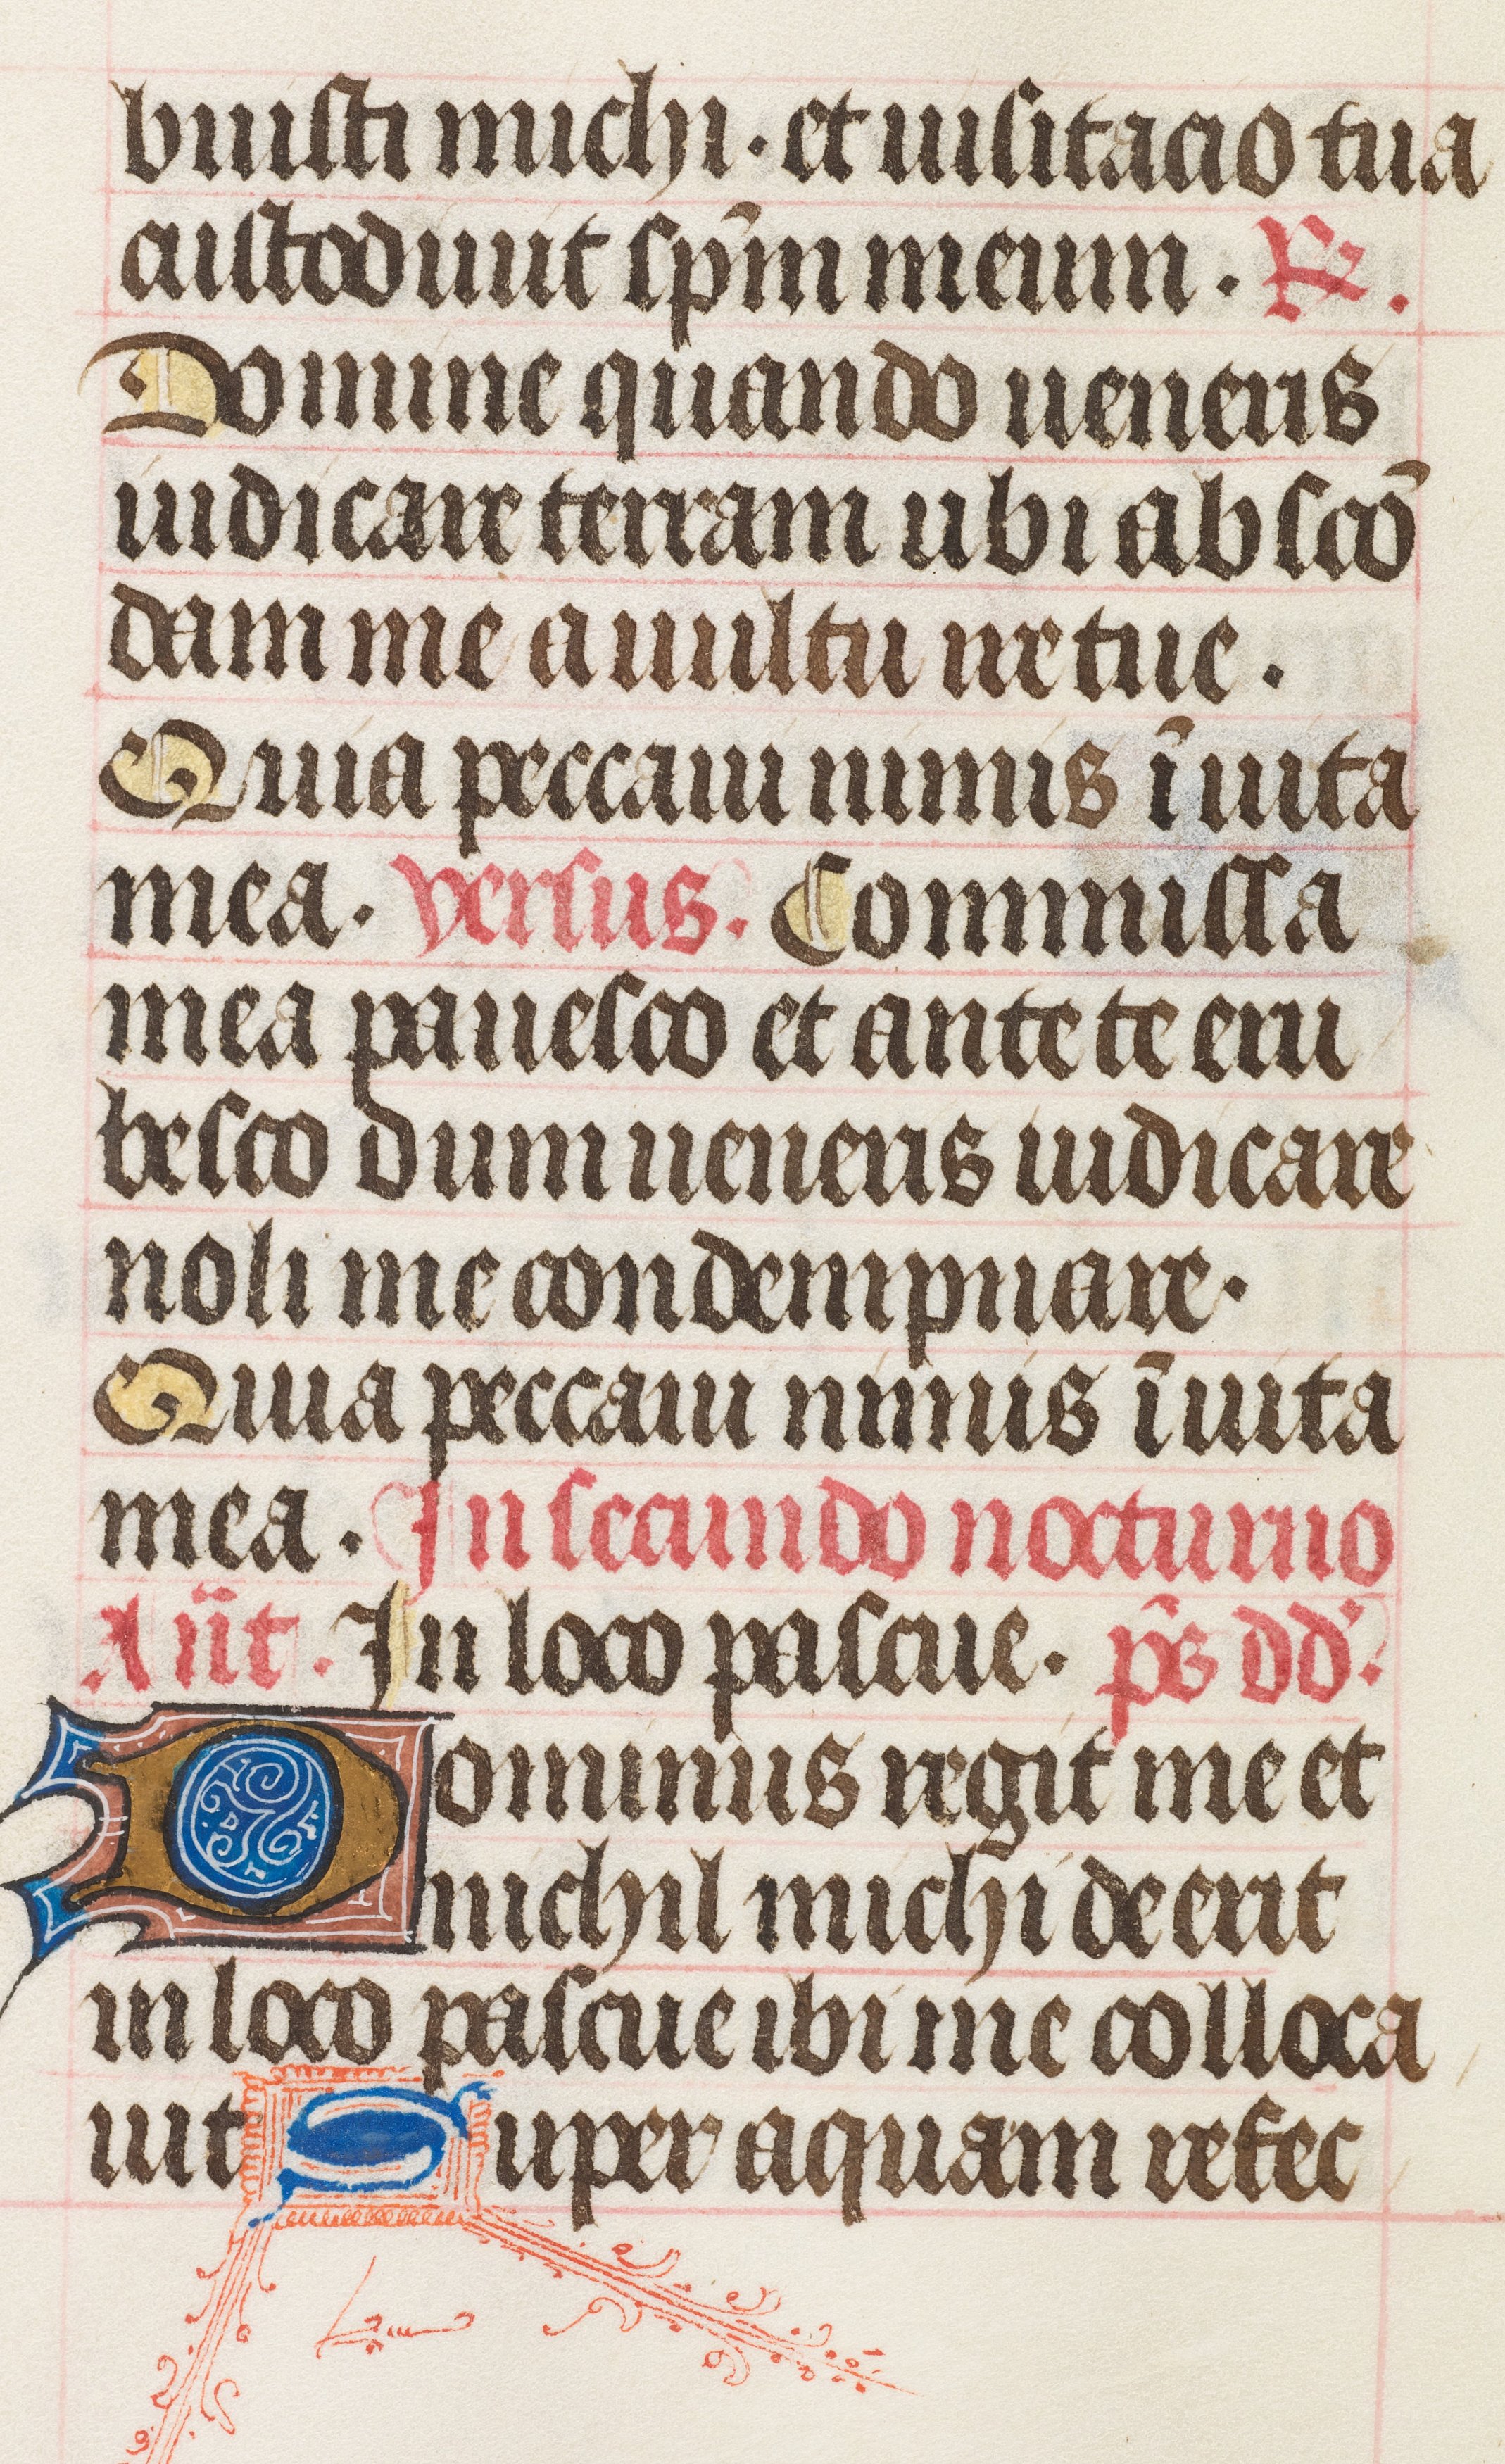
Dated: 1425–1465